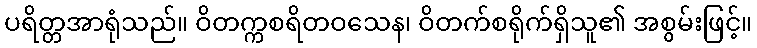
ပရိတ္တအာရုံသည်။ ဝိတက္ကစရိတဝသေန၊ ဝိတက်စရိုက်ရှိသူ၏ အစွမ်းဖြင့်။